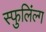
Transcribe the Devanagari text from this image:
स्फुलिंल्ग